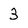
Character: 3